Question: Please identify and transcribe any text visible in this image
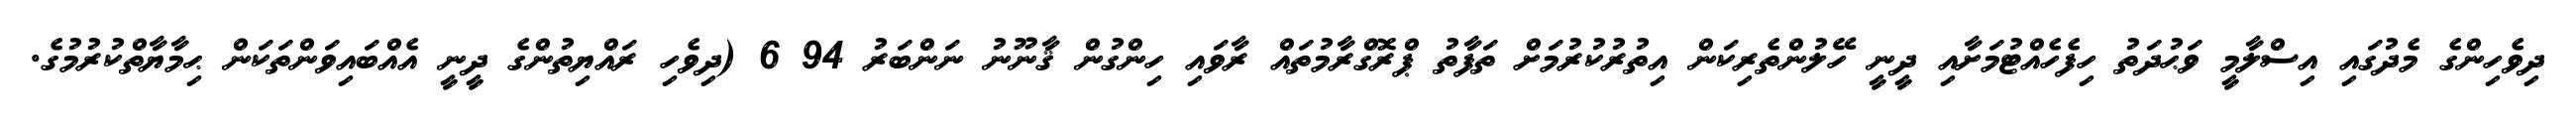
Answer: ދިވެހިންގެ މެދުގައި އިސްލާމީ ވަޙުދަތު ހިފެހެއްޓުމަށާއި ދީނީ ހޭލުންތެރިކަން އިތުރުކުރުމަށް ތަފާތު ޕްރޮގްރާމުތައް ރާވައި ހިންގުން ޤާނޫނު ނަންބަރު 94 6 (ދިވެހި ރައްޔިތުންގެ ދީނީ އެއްބައިވަންތަކަން ޙިމާޔާތްކުރުމުގެ.